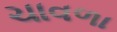
ચાવળા